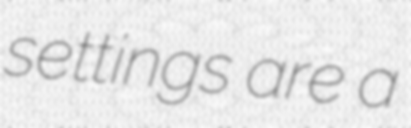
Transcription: settings are a